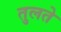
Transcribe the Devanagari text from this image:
तुलते